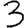
Digit: 3